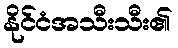
နိုင်ငံအသီးသီး၏